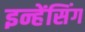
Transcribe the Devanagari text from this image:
इन्हेंसिंग